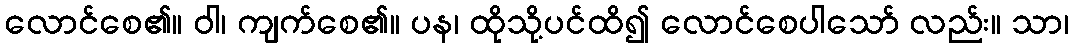
လောင်စေ၏။ ဝါ၊ ကျက်စေ၏။ ပန၊ ထိုသို့ပင်ထိ၍ လောင်စေပါသော် လည်း။ သာ၊